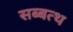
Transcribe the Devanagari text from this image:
सब्बत्थ